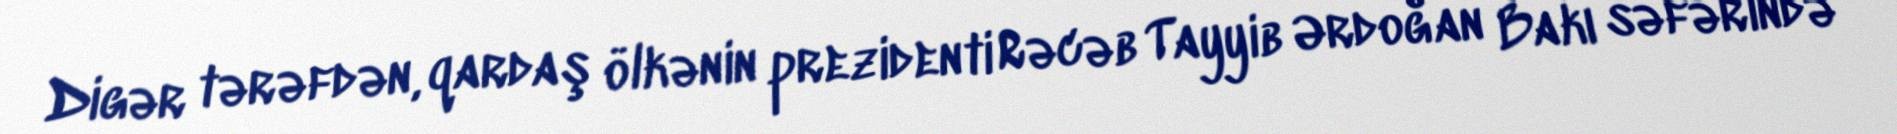
Digər tərəfdən, qardaş ölkənin prezidenti Rəcəb Tayyib Ərdoğan Bakı səfərində